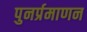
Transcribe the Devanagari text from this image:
पुनर्प्रमाणन